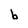
Character: b